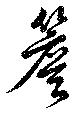
簷